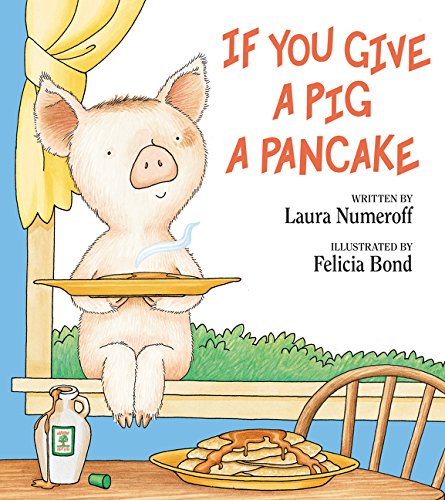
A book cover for If You Give a Pig a Pancake; Laura Numeroff; Children's Books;